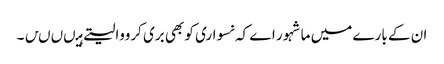
ان کے بارے میں ماشہور اے کہ نسواری کو بھی بری کرووالیتے ہیںںںں۔